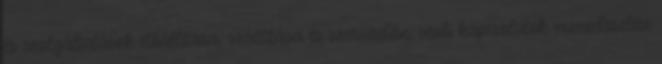
és szolgáltatások előállítása, szállítása és szervizelése, vevői kapcsolatok menedzselése